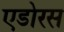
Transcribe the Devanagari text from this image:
एडोरस